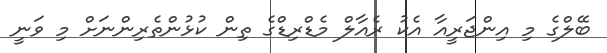
ބޭލްގެ މި އިންޖަރީއާ އެކު ރެއާލް މެޑްރިޑްގެ ތިން ކުޅުންތެރިންނަށް މި ވަނީ